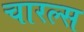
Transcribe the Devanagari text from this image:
चारल्स